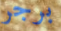
برجر